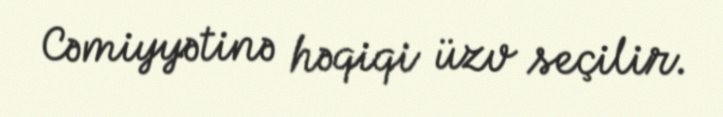
Cəmiyyətinə həqiqi üzv seçilir.